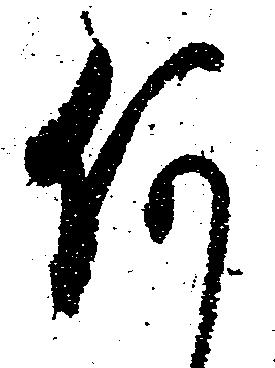
何